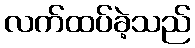
လက်ထပ်ခဲ့သည်